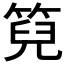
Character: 𮅙